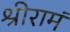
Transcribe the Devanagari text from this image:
श्रीरामं